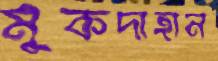
মুকদাহান